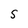
Character: S